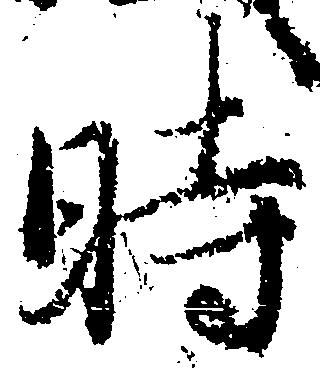
時